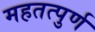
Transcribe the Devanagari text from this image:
महतत्पुर्ण